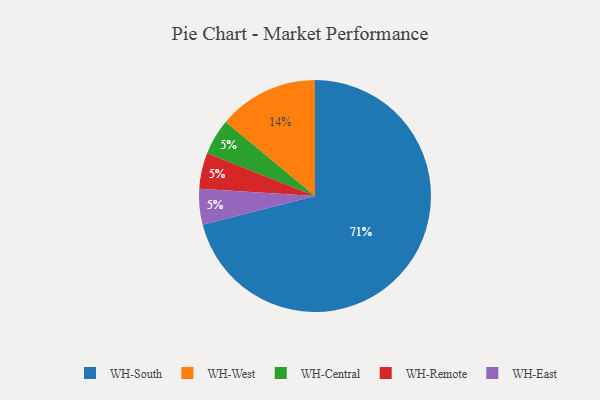
{"axis": {"x": "Category", "y": "Percentage"}, "legend": ["WH-Central", "WH-East", "WH-Remote", "WH-South", "WH-West"], "data": [{"x": "WH-South", "y": 71, "type": "WH-South"}, {"x": "WH-Central", "y": 5, "type": "WH-Central"}, {"x": "WH-Remote", "y": 5, "type": "WH-Remote"}, {"x": "WH-East", "y": 5, "type": "WH-East"}, {"x": "WH-West", "y": 14, "type": "WH-West"}]}